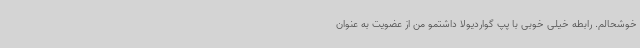
خوشحالم. رابطه خیلی خوبی با پپ گواردیولا داشتمو من از عضویت به عنوان